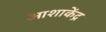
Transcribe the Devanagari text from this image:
आशाकेंद्र